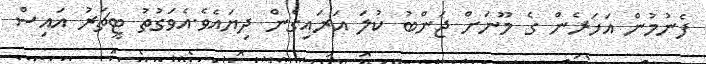
ފެނުމުން އަހަރެން ގެ މޫނަށް ޖަންބު ކުލަ އަރައިގެން ދިޔައެވެ.އެވަގުތު ޓީޗަރު އައިސް